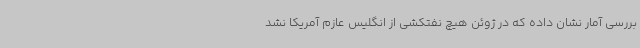
بررسی آمار نشان داده که در ژوئن هیچ نفتکشی از انگلیس عازم آمریکا نشد